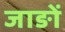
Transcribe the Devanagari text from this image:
जाङों